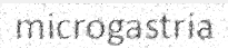
microgastria